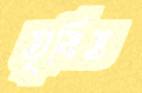
তৃষিত